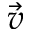
\vec { v }